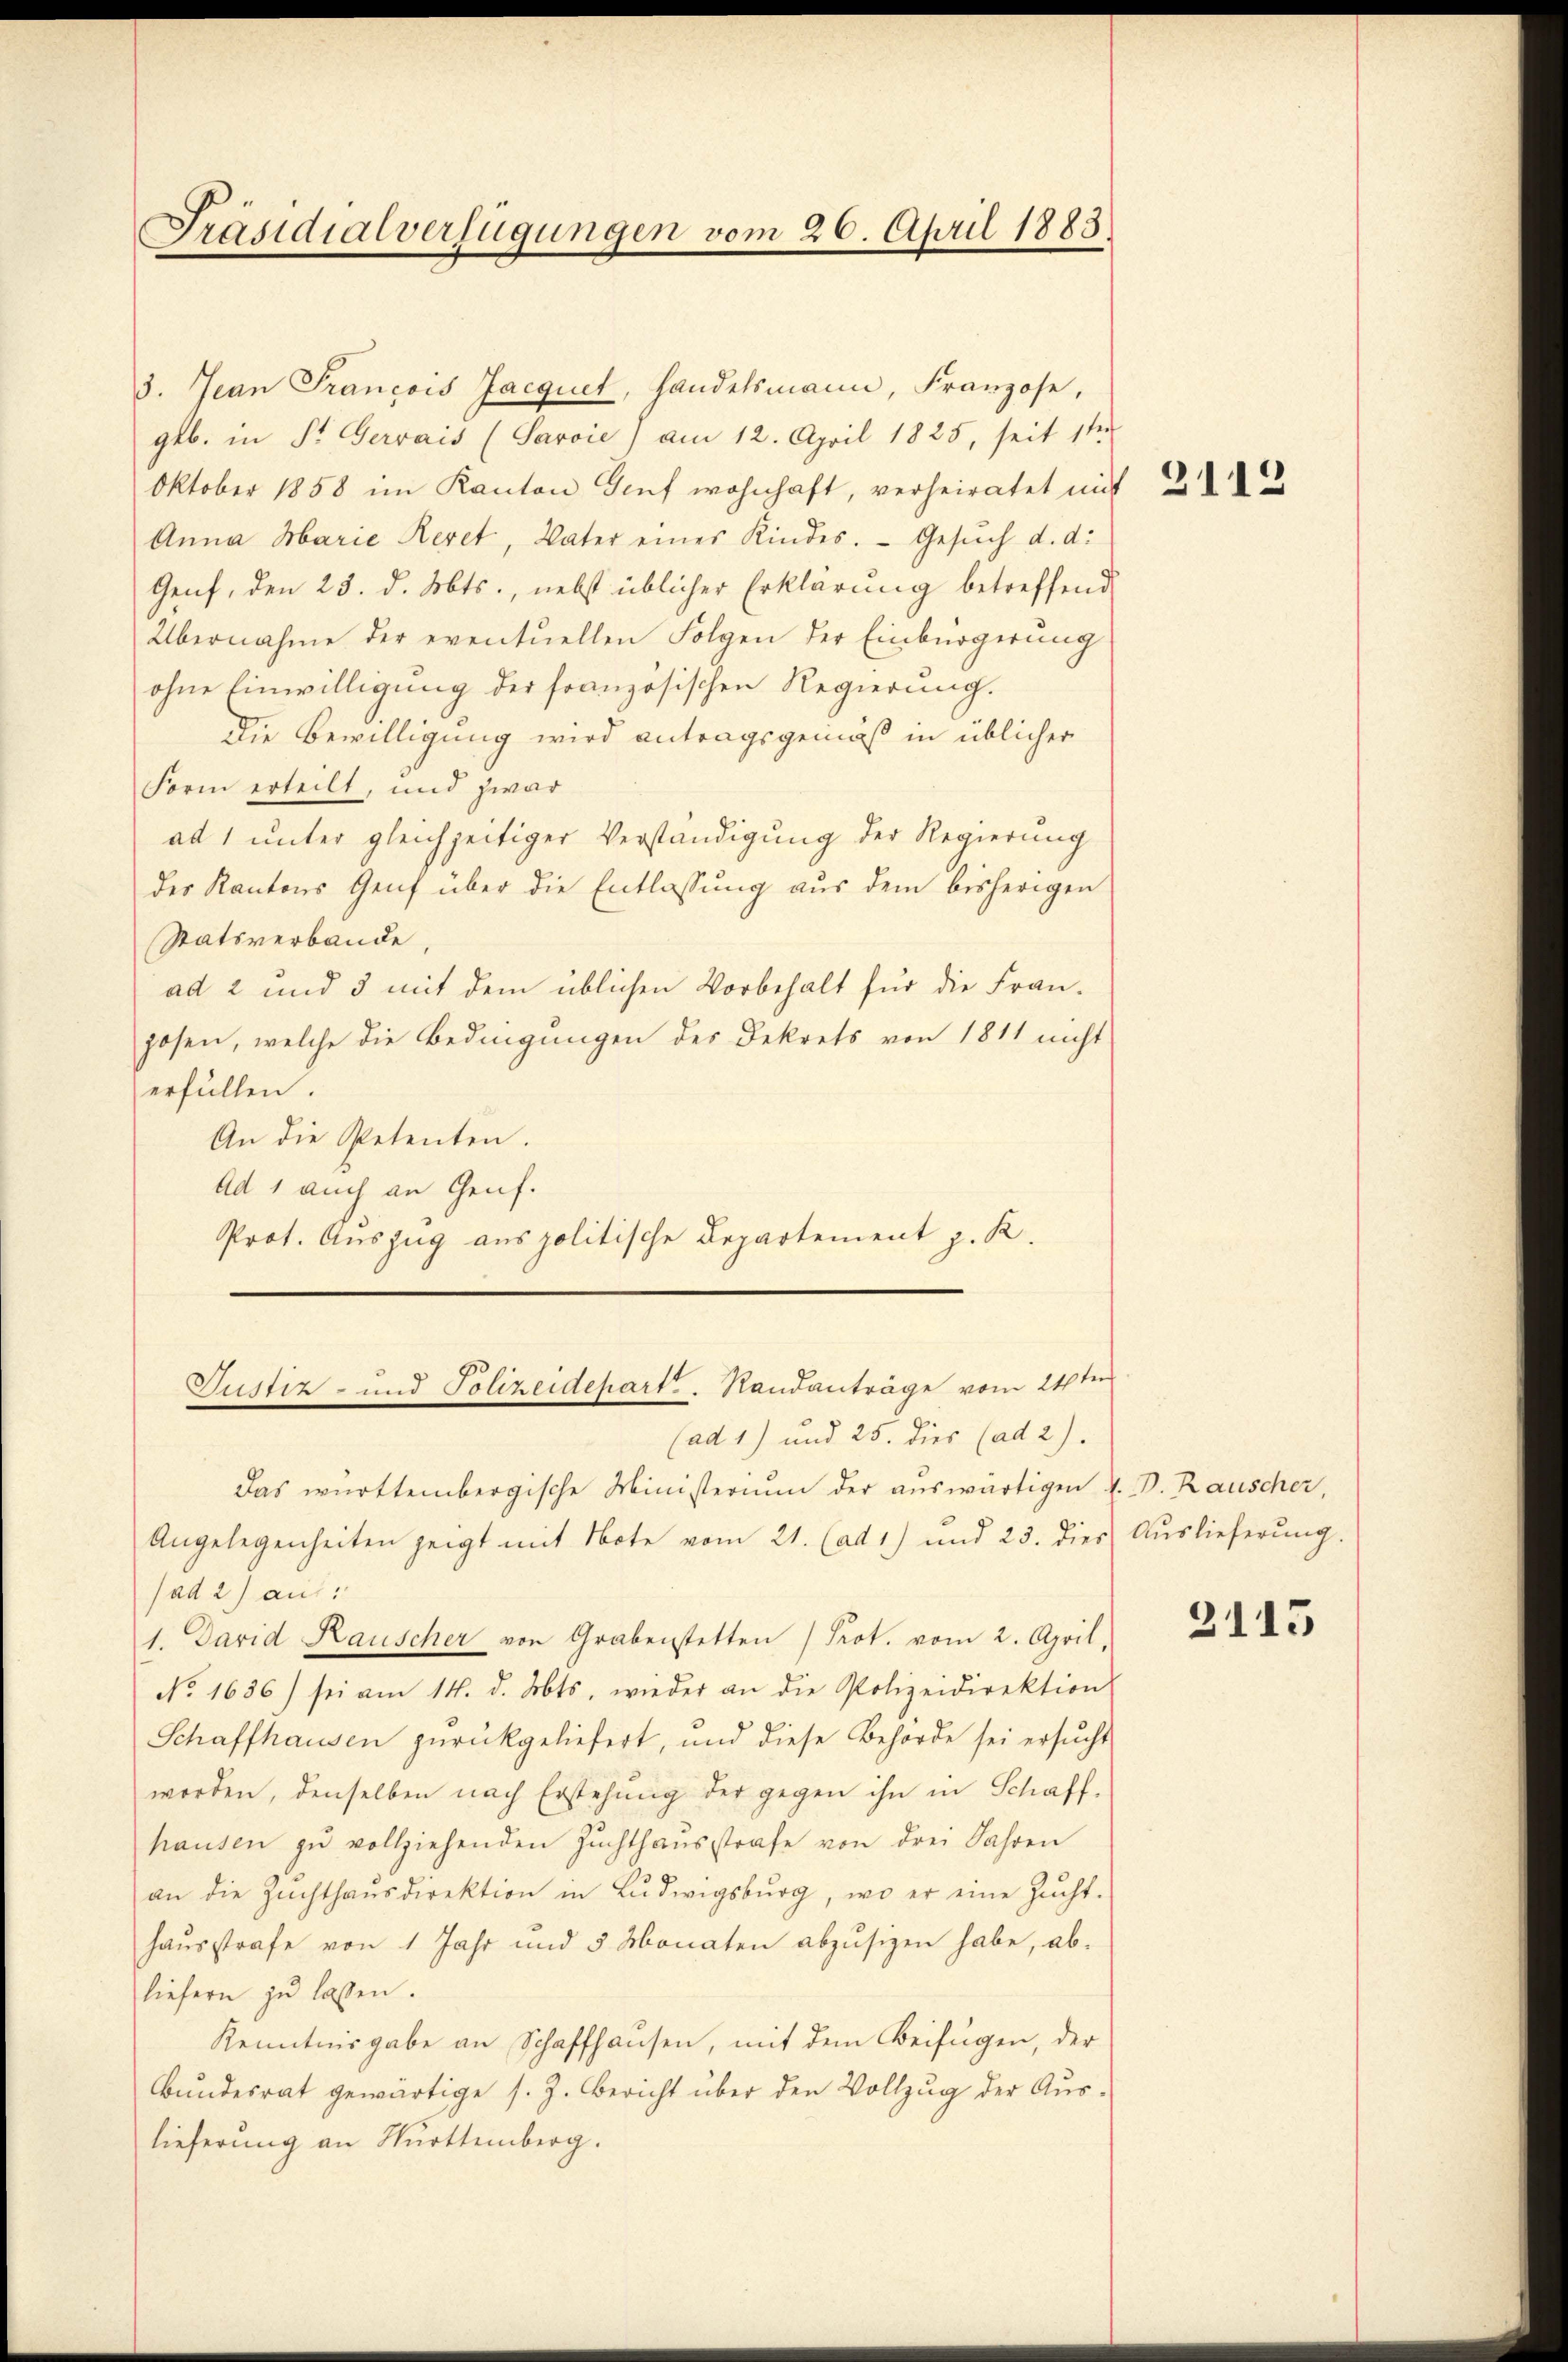
Präsidialverfügungen vom 26. April 1883.

3. Jean Francois Jacquet, handelsmann, Franzose,
geb. in St. Gervais (Sarvie) am 12. April 1825, seit 1ten
Oktober 1858 im Kanton Genf wohnhaft, verheiratet mit 22
Anna Marie Revet, Vater eines Kindes. Gesuch d. d.
Genf, den 25. d. Mts., nebst üblicher Erklärung betreffend
Übernahme der eventuellen Folgen der Einbürgerung
ohne Einwilligung der französischen Regierung.
Die Bewilligung wird antragsgemäß in üblicher
Form erteilt, und zwar
ad 1 unter gleichzeitiger Verständigung der Regierung
des Kantons Genf über die Entlassung aus dem bisherigen
Statsverbande,
ad 2 und 3 mit dem üblichen Vorbehalt für die Fran-
posen, welche die Bedingungen des Dekrets von 1811 nicht
erfüllen.
An die Petenten.
Ad 1 auch an Genf.
Prot. Auszug aus politische Departement z. R.

Justiz- und Polizeidepart. Randanträge vom 24sten
(ad 1) und 25. dies (ad 2).

Das württembergische Ministerium der auswärtigen V. D. Rauscher,
Angelegenheiten zeigt mit Note vom 21. (ad 1) und 23. dies
(ad 2) aus:
1. David Rauscher von Grabenstetten Prot. vom 2. April,
No. 1636) sei am 14. d. Mts. wieder an die Polizeidirektion
Schaffhausen zŭrückgeliefert, und diese Behörde sei ersŭcht
worden, denselben nach Erstehung der gegen ihn in Schaff-
hausen zŭ vollziehenden Zŭchthaŭsstrafe von drei Jahren
an die Zŭchthaŭsdirektion in Lŭdwigsburg, wo er eine Zŭcht-
hausstrafe von 1 Jahr und 5 Monaten abzŭsezen habe, abliefern zŭ lassen.
Kenntnisgabe an Schaffhausen, mit dem Beifügen, der
Bundesrat gewärtige s. Z. Bericht über den Vollzug der Auslieferung an Nürttemberg.

Auslieferung.

3115